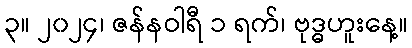
၃။ ၂၀၂၄၊ ဇန်နဝါရီ ၁ ရက်၊ ဗုဒ္ဓဟူးနေ့။